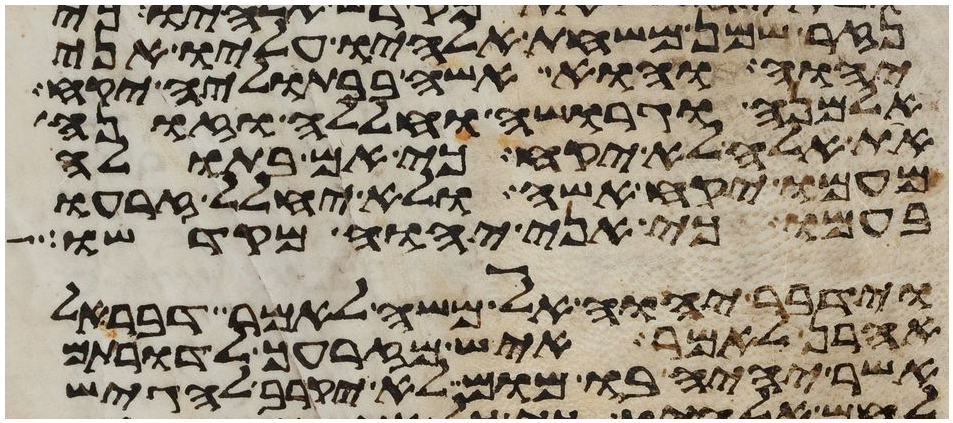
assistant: נזר שמן משחת אלהיו עליו אני
יהוה והוא אשה בבתוליה יקח
אלמנה וגרושה וחללה וזונה
את אלה לא יקח כי אם בתולה
מעמו יקח אשה ולא יחלל זרעו
בעמו כי אני יהוה מקדשו
וידבר יהוה אל משה לאמר דבר אל
אהרן לאמר איש מזרעך לדרותם
אשר יהיה בו מום לא יקרב להגיש